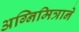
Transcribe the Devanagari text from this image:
अग्निमित्राने